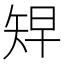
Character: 𥏅